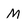
Character: M